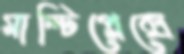
মাল্টিপ্লেক্সে